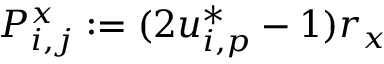
P _ { i , j } ^ { x } : = ( 2 u _ { i , p } ^ { * } - 1 ) r _ { x }